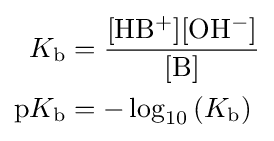
{\begin{aligned}K_{\text{b}}&=\mathrm {\frac {[HB^{+}][OH^{-}]}{[B]}} \\\mathrm {p} K_{\text{b}}&=-\log _{10}\left(K_{\text{b}}\right)\end{aligned}}